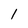
Character: l